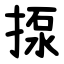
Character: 揼